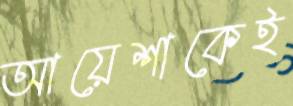
আয়েশাকেই